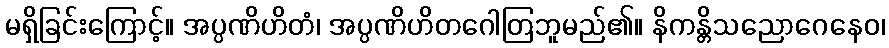
မရှိခြင်းကြောင့်။ အပ္ပဏိဟိတံ၊ အပ္ပဏိဟိတဂေါတြဘူမည်၏။ နိကန္တိသညောဂေနေဝ၊